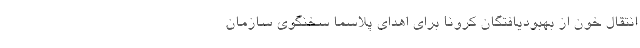
انتقال خون از بهبودیافتگان کرونا برای اهدای پلاسما سخنگوی سازمان